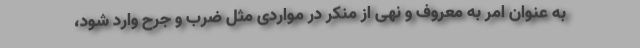
به عنوان امر به معروف و نهی از منکر در مواردی مثل ضرب و جرح وارد شود،